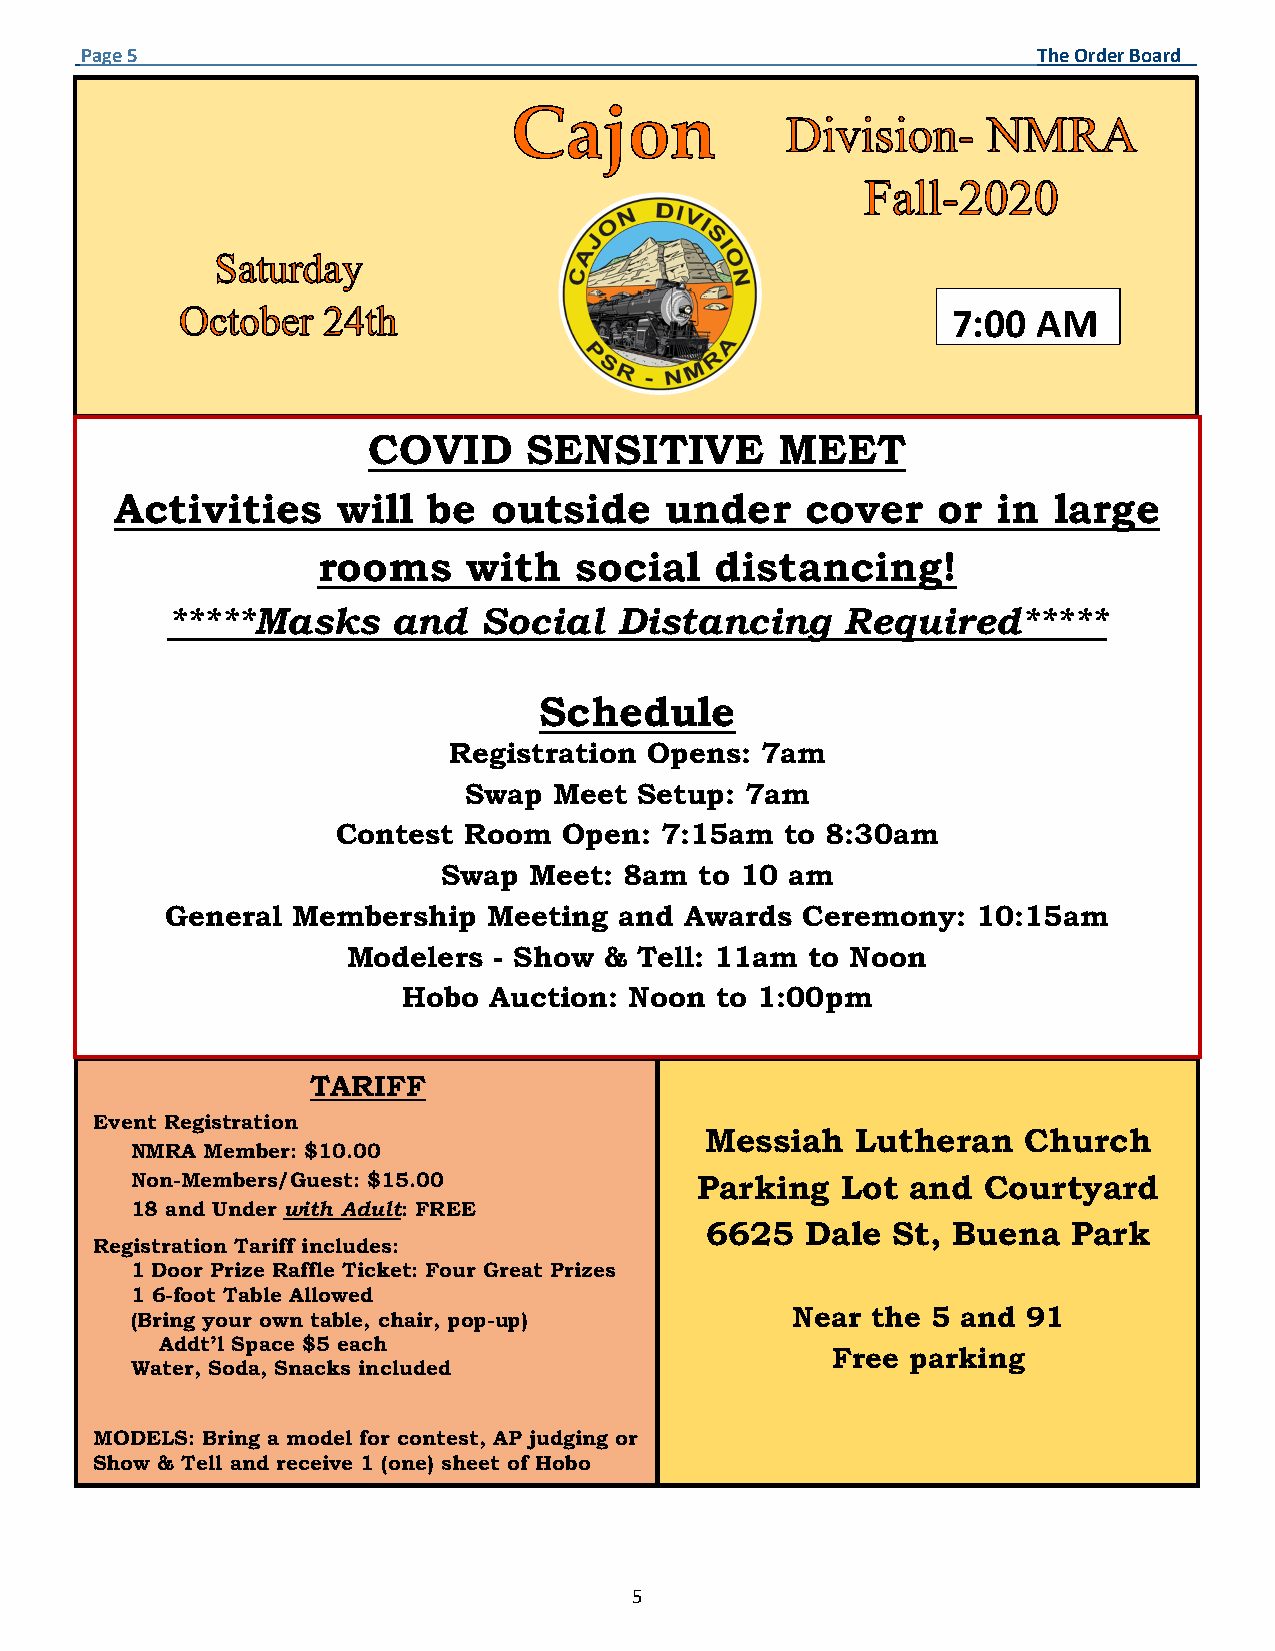
Page 5                                                          The Order Board
 7:00  AM
 COVID      SENSITIVE        MEET
 Activities    will  be  outside     under    cover    or  in  large
 rooms     with   social   distancing!
 *****Masks     and   Social   Distancing     Required*****
 Schedule
 Registration Opens: 7am
 Swap  Meet Setup: 7am
 Contest  Room  Open:  7:15am  to 8:30am
 Swap  Meet: 8am  to 10 am
 General Membership   Meeting  and Awards  Ceremony:   10:15am
 Modelers  - Show & Tell: 11am  to Noon
 Hobo Auction:  Noon to 1:00pm
 TARIFF
 Event Registration
 Messiah   Lutheran   Church
 NMRA Member: $10.00
 Non-Members/Guest: $15.00            Parking   Lot and  Courtyard
 18 and Under with Adult: FREE
 6625  Dale  St, Buena   Park
 Registration Tariff includes:
 1 Door Prize Raffle Ticket: Four Great Prizes
 1 6-foot Table Allowed
 (Bring your own table, chair, pop-up)      Near  the 5 and 91
 Addt’l Space $5 each
 Free parking
 Water, Soda, Snacks included
 MODELS: Bring a model for contest, AP judging or
 Show & Tell and receive 1 (one) sheet of Hobo
 5